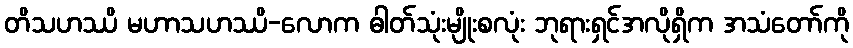
တိသဟဿိ မဟာသဟဿိ-လောက ဓါတ်သုံးမျိုးစလုံး ဘုရားရှင်အလိုရှိက အသံတော်ကို